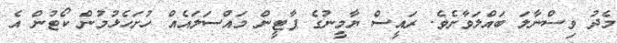
މެދު ވިސްނާލަ ބައްލަވާށެވެ. ރައީސް ޔާމީނުގެ ޕާޓީން މައްސަލައެއް ހުށަހެޅުމުން ކޯޓުން އެ